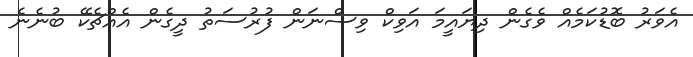
އެވަރު ބޮޑުކަމެއް ވެގެން ދިޔައީމަ އަވިކް ވިސްނަން ފުރުސަތު ދީގެން އެއްޗެކޭ ބުނެނެ